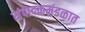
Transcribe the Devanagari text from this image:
संपादकमंडळात